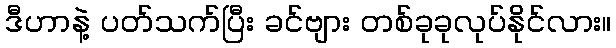
ဒီဟာနဲ့ ပတ်သက်ပြီး ခင်ဗျား တစ်ခုခုလုပ်နိုင်လား။